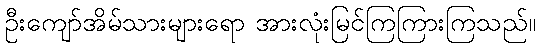
ဦးကျော်အိမ်သားများရော အားလုံးမြင်ကြကြားကြသည်။